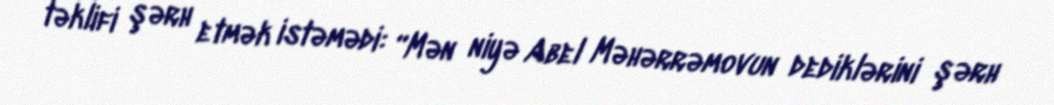
təklifi şərh etmək istəmədi: “Mən niyə Abel Məhərrəmovun dediklərini şərh